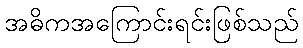
အဓိကအကြောင်းရင်းဖြစ်သည်